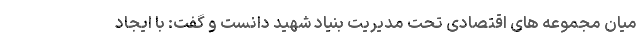
میان مجموعه های اقتصادی تحت مدیریت بنیاد شهید دانست و گفت: با ایجاد